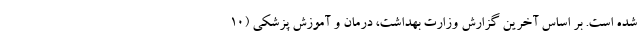
شده است. بر اساس آخرین گزارش وزارت بهداشت، درمان و آموزش پزشکی (۱۰